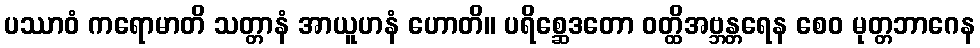
ပဿာဝံ ကရောမာတိ သတ္တာနံ အာယူဟနံ ဟောတိ။ ပရိစ္ဆေဒတော ဝတ္ထိအဗ္ဘန္တရေန စေဝ မုတ္တဘာဂေန